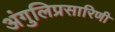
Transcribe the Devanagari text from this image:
अंगुलिप्रसारिणी